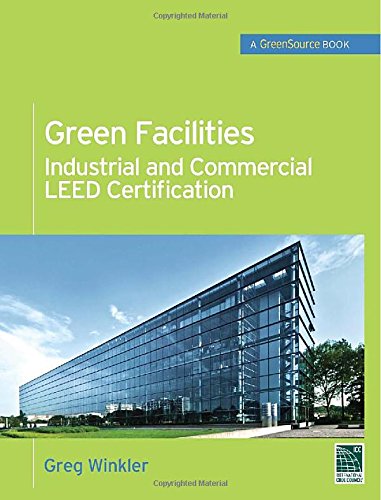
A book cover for Green Facilities: Industrial and Commercial LEED Certification (GreenSource) (McGraw-Hill's Greensource); Greg Winkler; Crafts, Hobbies & Home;